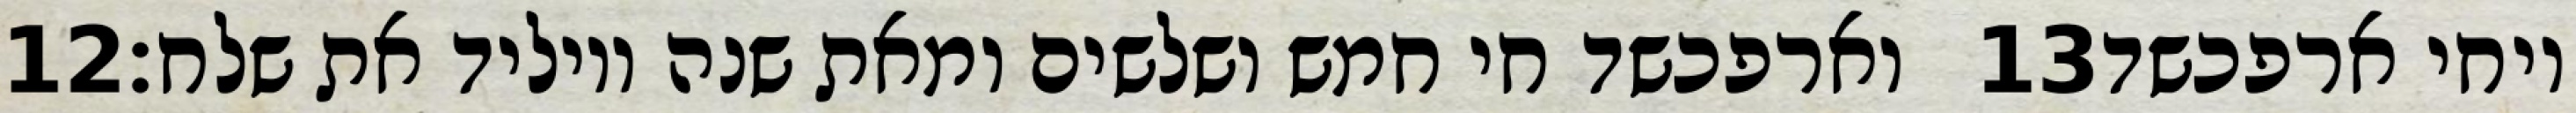
‎12‏ וארפכשד חי חמש ושלשים ומאת שנה ויוליד את שלח׃ ‎13‏ ויחי ארפכשד